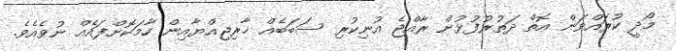
މޯދީ ކުރައްވަން އޮތް ދަތުރުފުޅުން ރާއްޖެ އުނިކުރި ސަބަބެއް ޚާރިޖިއްޔާއިން ހާމަކޮށްފައެއް ނުވެއެވެ.